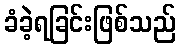
ခံခဲ့ရခြင်းဖြစ်သည်